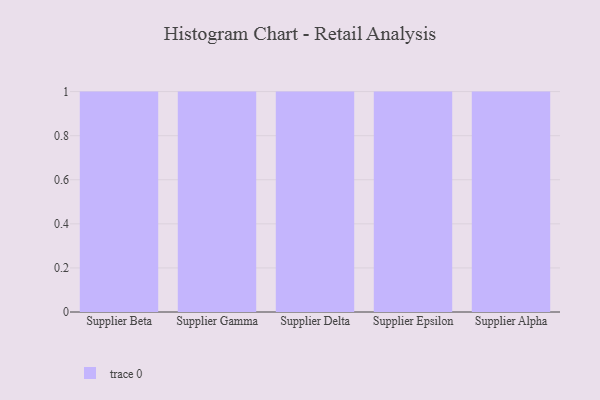
{"axis": {"x": "Supplier", "y": "Humidity (%)"}, "legend": [""], "data": [{"x": "Supplier Beta", "y": 44, "type": ""}, {"x": "Supplier Gamma", "y": 82, "type": ""}, {"x": "Supplier Delta", "y": 13, "type": ""}, {"x": "Supplier Epsilon", "y": 93, "type": ""}, {"x": "Supplier Alpha", "y": 69, "type": ""}]}